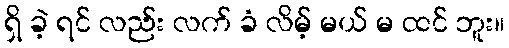
ရှိ ခဲ့ ရင် လည်း လက် ခံ လိမ့် မယ် မ ထင် ဘူး။